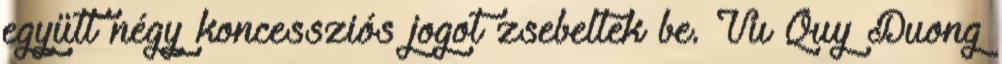
együtt négy koncessziós jogot zsebeltek be. Vu Quy Duong